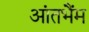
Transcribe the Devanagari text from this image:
आंतभैंम